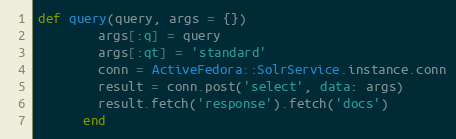
Language: Ruby
def query(query, args = {})
        args[:q] = query
        args[:qt] = 'standard'
        conn = ActiveFedora::SolrService.instance.conn
        result = conn.post('select', data: args)
        result.fetch('response').fetch('docs')
      end